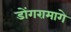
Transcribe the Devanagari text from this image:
डोंगरामागे